Indian journal of veterinary science and animal husbandry - Volume 3,
Year: 1933
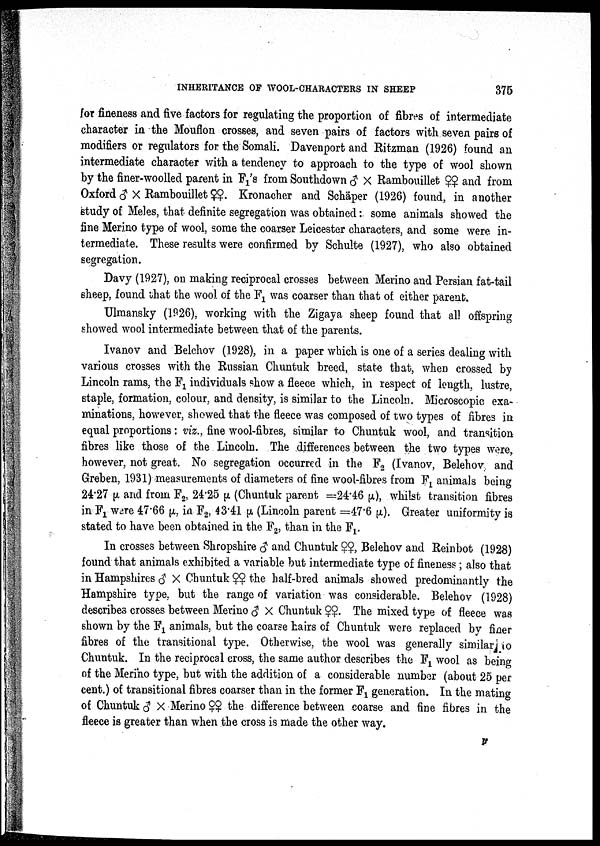
382 THE INDIAN JOURNAL OF VETERINARY SCIENCE AND ANIMAL HUSBANDRY [ III, IV.
The determination of the number of wool-fibres growing upon a unit area of
skin has not yet been sufficiently studied to permit of definite conclusions being
drawn. Difficulties in securing accurate samples have been great, and until recently
there has not been available a technique free from serious objections. Burns and
Miller (1931) describe two methods which are calculated to overcome the more
serious objections raised against some of the earlier methods and which have given
satisfactory results up to date. There has not yet been time, however, to use these
extensively in experiments on the inheritance of fibre population-density.
Preliminary results, however, support the hypothesis that with certain excep-
tions (of which crosses involving Merino parents appear most important) number of
fibres per unit area is inherited in an intermediate manner.
INHERITANCE OF KEMP FIBRES.
During recent years the occurrence of kemp fibres in the wool of sheep has
formed the subject of numerous studies (Bliss, 1926; Duerden, 1926 ; Roberts,
1926; Blyth, 1926 ; and Hirst and King, 1926). The precise nature of the kemp
fibre can now be defined and it is important to differentiate between it and the
medullated coarser wool-fibre, such as is commonly found in Romney wool. Kemp
fibres, as they occur in domesticated sheep, represent a remnant of the coarse,
hairy, outer-coat of the primitive sheep. As typically encountered, the kemp fibre
is short, thick, rigid, and finer at tip and root than along the shaft; it possesses a
fairly regular wave or crimp in one plane only, is extremely brittle, has a ' dead
white' or chalky appearance, and is medullated except for the short fine tip and,
when shed naturally, for a portion of the proximal part of the shaft. In many
breeds, if not in all, kemp has the further characteristic that its period of growth
and the time of its shedding occur independently of the other constituent fibres in
the fleece. Some kemp fibres are cut off at shearing time; others may have
already been shed but are still entangled amongst the wool-fibres of the fleece ;
whilst some are shed and fall to the ground before the wool-fibres have grown long
enou gh to retain them.
Owing to its lack of elasticity and the difficulties met with in attempting to dye
it, the presence of kemp in wool for manufacturing purposes is a decided disadvan-
tage.
There have been strong reasons for considering that differing degrees of kempi¬
ness are inherited. Barker (1931) admirably summarizes these as follows :—
1. In the course of work on the Welsh Mountain Sheep it has been found that
there is a very close connexion between the type of birth-coat possessed by the